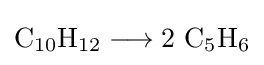
{\mathrm {C} {\vphantom {A}}_{\smash[{t}]{10}}\mathrm {H} {\vphantom {A}}_{\smash[{t}]{12}}{}\mathrel {\longrightarrow } {}2~\mathrm {C} {\vphantom {A}}_{\smash[{t}]{5}}\mathrm {H} {\vphantom {A}}_{\smash[{t}]{6}}}